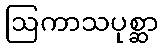
ဩကာသပုစ္ဆာ